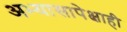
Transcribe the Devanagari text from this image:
अभ्यासापेक्षाही